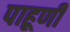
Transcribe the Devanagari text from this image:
पाहूणी